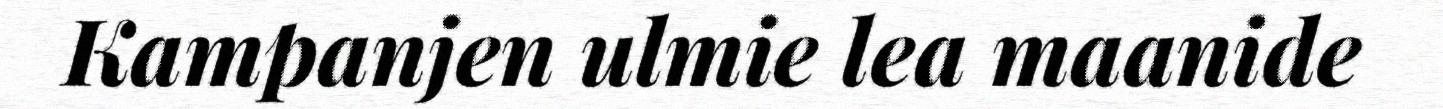
Kampanjen ulmie lea maanide